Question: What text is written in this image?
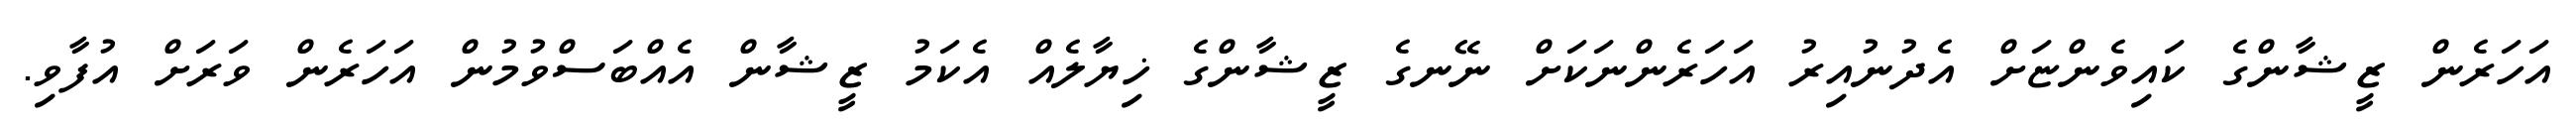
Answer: އަހަރެން ޒީޝާންގެ ކައިވެންޏަށް އެދުނުއިރު އަހަރެންނަކަށް ނޭނގެ ޒީޝާންގެ ޚިޔާލެއް އެކަމު ޒީޝާން އެއްބަސްވުމުން އަހަރެން ވަރަށް އުފާވި.